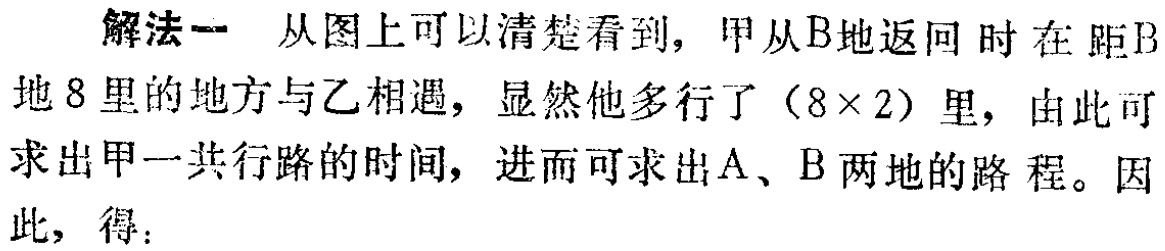
解法一 从图上可以清楚看到，甲从B地返回时在距B地8里的地方与乙相遇，显然他多行了（8×2）里，由此可求出甲一共行路的时间，进而可求出A、B两地的路程。因此，得：